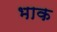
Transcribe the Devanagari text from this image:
भाक